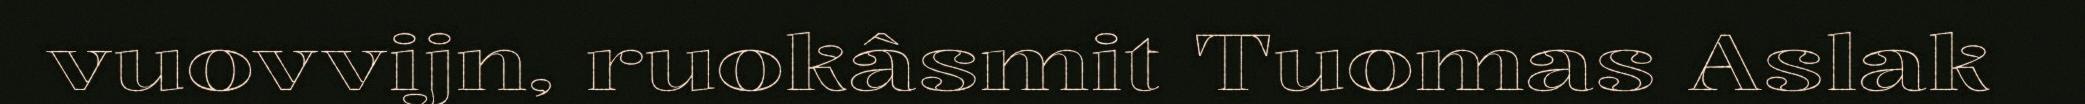
vuovvijn, ruokâsmit Tuomas Aslak